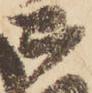
御